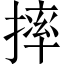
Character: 摔